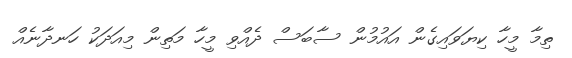
ތިމާ މީހާ ކިޔަވައިގެން އައުމުން ސާބަސް ދެއްވި މީހާ މަތިން މިއަދަކު ހަނދާނެއް